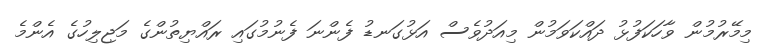
މިމޭރުމުން ވާހަކަފުޅު ދައްކަވަމުން މިއަދުވެސް އަޅުގަނޑު ފެންނަ ފެނުމުގައި ރައްޔިތުންގެ މަޖިލިހުގެ އެންމެ